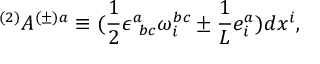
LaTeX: ^ { ( 2 ) } A ^ { ( \pm ) a } \equiv ( \frac { 1 } { 2 } \epsilon _ { \mathrm { ~ } b c } ^ { a } \omega _ { i } ^ { b c } \pm \frac { 1 } { L } e _ { i } ^ { a } ) d x ^ { i } ,